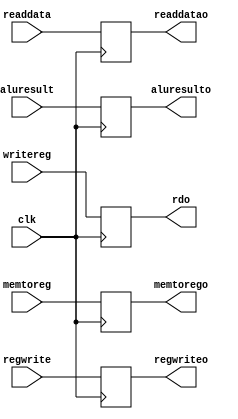
`timescale 1ns / 1ps
//////////////////////////////////////////////////////////////////////////////////
// Company: 
// Engineer: 
// 
// Design Name: 
// Module Name: mem_wb
// Project Name: 
// Target Devices: 
// Tool Versions: 
// Description: 
// 
// Dependencies: 
// 
// Revision:
// Revision 0.01 - File Created
// Additional Comments:
// 
//////////////////////////////////////////////////////////////////////////////////


module mem_wb(input clk, input memtoreg , output reg memtorego ,input regwrite , output reg regwriteo, input [4:0]writereg,
 input [31:0]readdata , output reg [31:0] readdatao ,input [31:0]aluresult , output reg [31:0] aluresulto , output reg [4:0]rdo

    );
    
    always@(posedge clk)
begin 
   regwriteo<=regwrite;
   memtorego<=memtoreg;
   readdatao<=readdata;
   aluresulto<=aluresult;
   rdo<=writereg;
   
end
endmodule